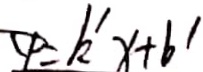
C P = k ^ { \prime } x + b ^ { \prime }